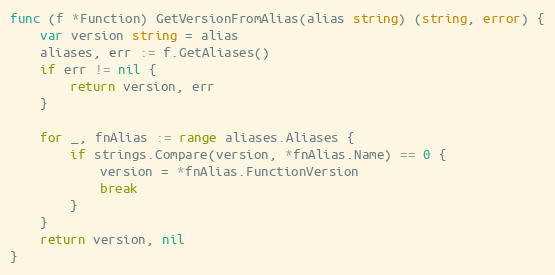
Language: Go
func (f *Function) GetVersionFromAlias(alias string) (string, error) {
	var version string = alias
	aliases, err := f.GetAliases()
	if err != nil {
		return version, err
	}

	for _, fnAlias := range aliases.Aliases {
		if strings.Compare(version, *fnAlias.Name) == 0 {
			version = *fnAlias.FunctionVersion
			break
		}
	}
	return version, nil
}